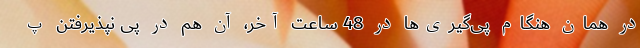
در همان هنگام پی‌گیری‌ها در 48 ساعت آخر، آن هم در پیِ نپذیرفتنِ پ